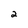
Character: 2